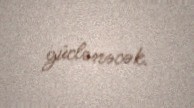
güclənəcək.